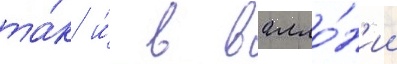
та́к и́ в валло́н'ии